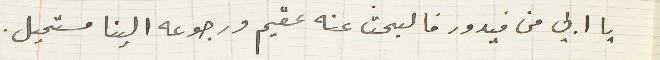
يا ابي من فيدور فالبحث عنه عقيم ورجوعه الينا مستحيل.